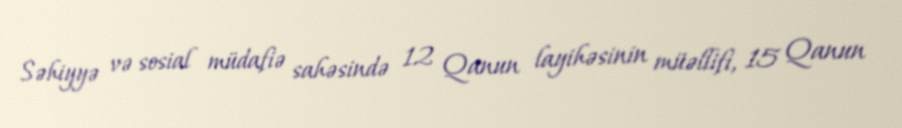
Səhiyyə və sosial müdafiə sahəsində 12 Qanun layihəsinin müəllifi, 15 Qanun